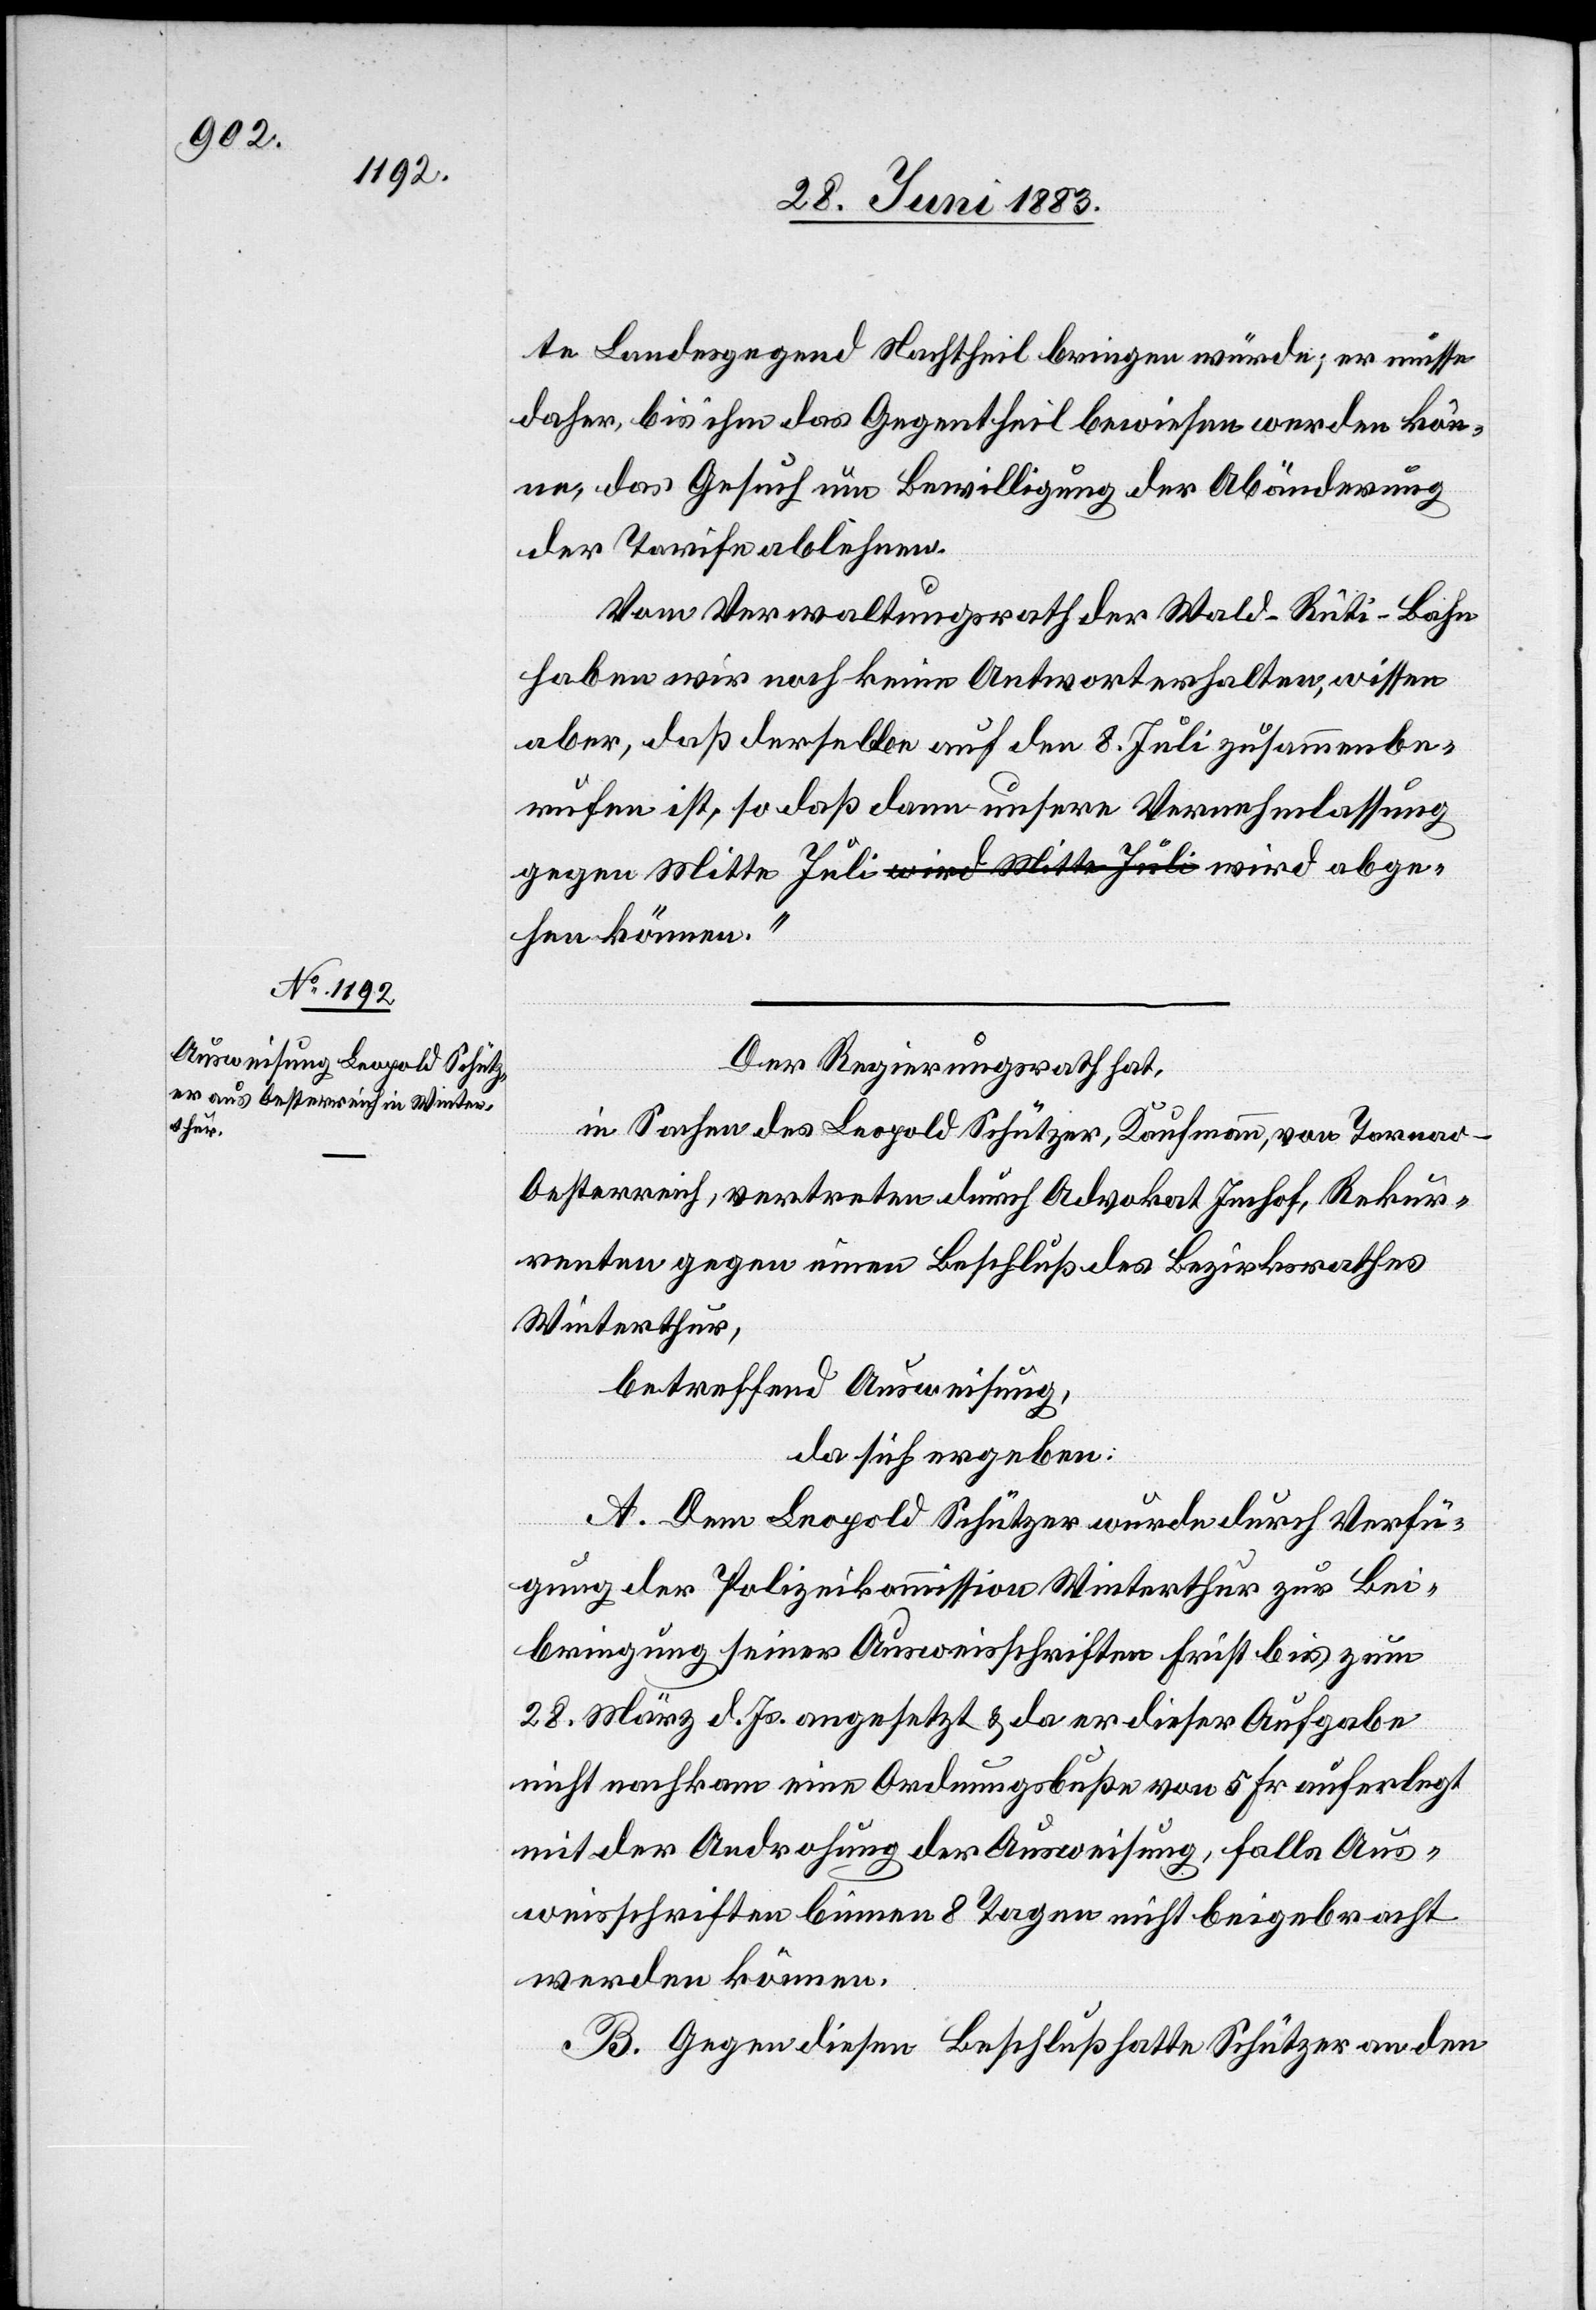
te Landesgegend Nachtheil bringen würde; er müsse
daher, bis ihm das Gegentheil bewiesen werden kön¬
ne, das Gesuch um Bewilligung der Abänderung
der Tarife ablehnen.
Vom Verwaltungsrath der Wald–Rüti-Bahn
haben wir noch keine Antwort erhalten, wissen
aber, daß derselbe auf den 8. Juli zusammenbe¬
rufen ist, so daß dann unsere Vernehmlassung
Der Regierungsrath hat,
in Sachen des Leopold Schützer, Kaufmann, von [?Tarnad]
Oesterreich, vertreten durch Advokat Imhof, Rekur¬
renten gegen einen Beschluß des Bezirksrathes
Winterthur,
betreffend Ausweisung,
da sich ergeben:
A. Dem Leopold Schützer wurde durch Verfü¬
gung der Polizeikommission Winterthur zur Bei¬
bringung seiner Ausweisschriften Frist bis zum
28. März d. Js. angesetzt & da er diese Aufgabe
nicht nachkam eine Ordnungsbuße von 5 Fr. auferlegt
mit der Androhung der Ausweisung, falls Aus¬
weisschriften binnen 8 Tagen nicht beigebracht
werden können.
B. Gegen diesen Beschluß hatte Schützer an den